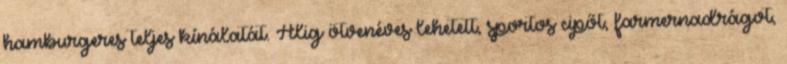
hamburgeres teljes kínálatát. Alig ötvenéves lehetett, sportos cipőt, farmernadrágot,